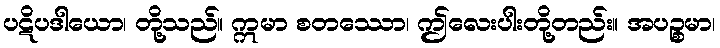
ပဋိပဒါယော၊ တို့သည်။ ဣမာ စတဿော၊ ဤလေးပါးတို့တည်း။ အပဉ္စမာ၊